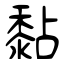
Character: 黏